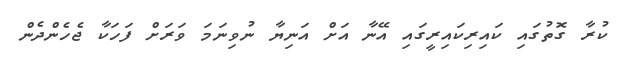
ކުރާ ގޮތުގައި ކައިރިކައިރީގައި އޭނާ އަށް އަނިޔާ ނުވިނަމަ ވަރަށް ފަހަކާ ޖެހެންދެން